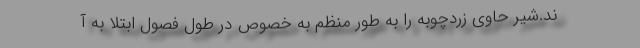
ند.شیر حاوی زردچوبه را به طور منظم به خصوص در طول فصول ابتلا به آ